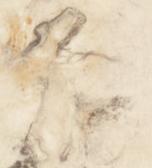
言